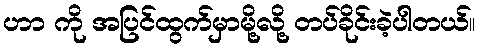
ဟာ ကို အပြင်ထွက်မှာမို့လို့ တပ်ခိုင်းခဲ့ပါတယ်။